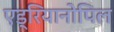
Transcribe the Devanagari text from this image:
एड्रियानोपिल